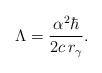
\begin{align*}\Lambda=\frac{\alpha^2\hbar}{2c\,r_\gamma}.\end{align*}